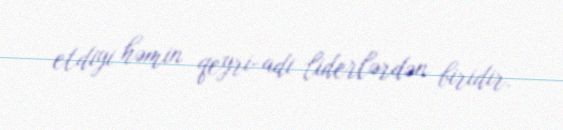
etdiyi həmin qeyri-adi liderlərdən biridir.